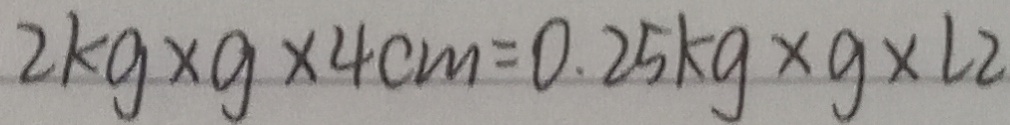
2 k g \times g \times 4 c m = 0 . 2 5 k g \times g \times \angle 2